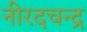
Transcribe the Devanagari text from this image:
नीरदचन्द्र